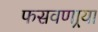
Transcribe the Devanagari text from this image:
फसवणार्‍या